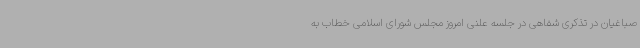
صباغیان در تذکری شفاهی در جلسه علنی امروز مجلس شورای اسلامی خطاب به